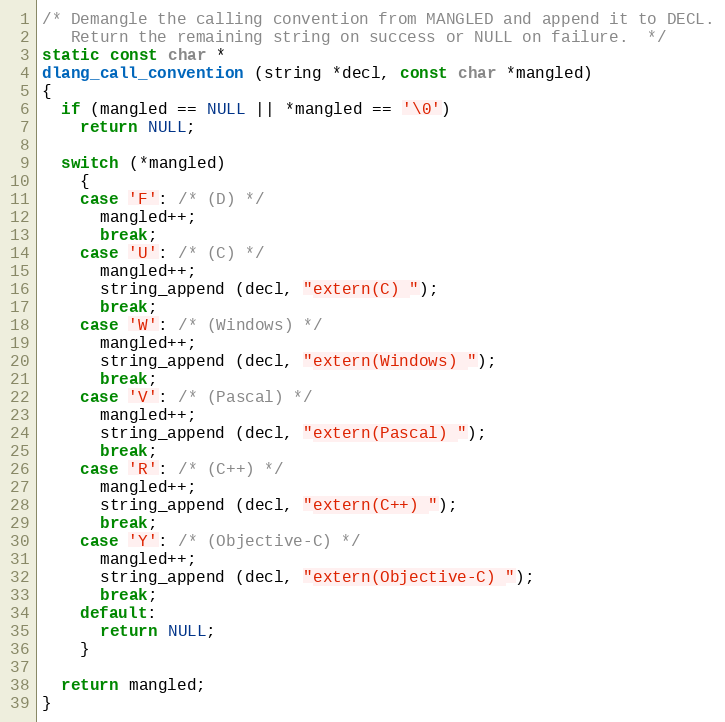
Language: C
/* Demangle the calling convention from MANGLED and append it to DECL.
   Return the remaining string on success or NULL on failure.  */
static const char *
dlang_call_convention (string *decl, const char *mangled)
{
  if (mangled == NULL || *mangled == '\0')
    return NULL;

  switch (*mangled)
    {
    case 'F': /* (D) */
      mangled++;
      break;
    case 'U': /* (C) */
      mangled++;
      string_append (decl, "extern(C) ");
      break;
    case 'W': /* (Windows) */
      mangled++;
      string_append (decl, "extern(Windows) ");
      break;
    case 'V': /* (Pascal) */
      mangled++;
      string_append (decl, "extern(Pascal) ");
      break;
    case 'R': /* (C++) */
      mangled++;
      string_append (decl, "extern(C++) ");
      break;
    case 'Y': /* (Objective-C) */
      mangled++;
      string_append (decl, "extern(Objective-C) ");
      break;
    default:
      return NULL;
    }

  return mangled;
}